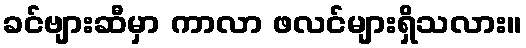
ခင်ဗျားဆီမှာ ကာလာ ဖလင်များရှိသလား။